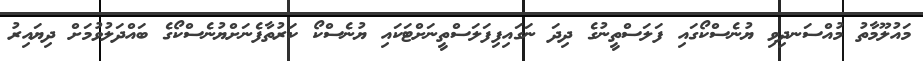
މައުލޫމާތު މުއްސަނދިވި ޔުނެސްކޯގައި ފަލަސްތީނުގެ ދިދަ ނަގައިފިފަލަސްތީނަށްޓަކައި ޔުނެސްކޯ ކަރުތާފެނަށްޔުނެސްކޯގެ ބައްދަލުވުމަށް ދިޔައިރު